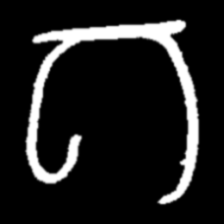
Pyu character \u2014 Myanmar letter: ဂ (romanized: ga)